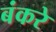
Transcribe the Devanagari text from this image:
बंकरे